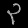
Digit: ၃